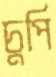
চুপি